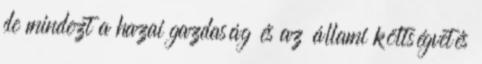
de mindezt a hazai gazdaság és az állami költségvetés